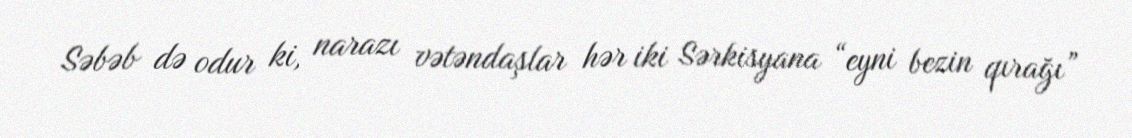
Səbəb də odur ki, narazı vətəndaşlar hər iki Sərkisyana “eyni bezin qırağı”